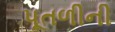
પૂતળીની